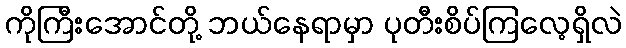
ကိုကြီးအောင်တို့ ဘယ်နေရာမှာ ပုတီးစိပ်ကြလေ့ရှိလဲ